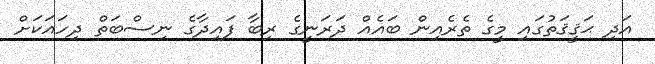
އަދި ޙަޤީޤަތުގައި މީގެ ތެރެއިން ބައެއް ދަރަނީގެ ރިބާ ފައިދާގެ ނިސްބަތް ދިހައަކަށް